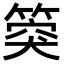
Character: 𥯝